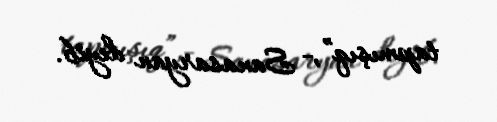
tapmışıq”,- Sanasaryan deyib.